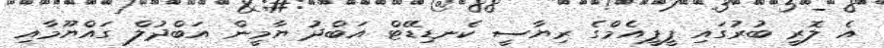
އެ ލޮރީ ބުރުގައި ޕީޕީއެމްގެ ރިޔާސީ ކެނޑިޑޭޓް އަބްދު ޔާމީން އަބްދުލް ގައްޔޫމާއި